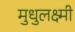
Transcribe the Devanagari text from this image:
मुधुलक्ष्मी